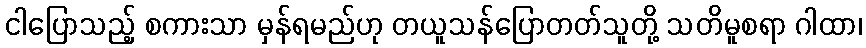
ငါပြောသည့် စကားသာ မှန်ရမည်ဟု တယူသန်ပြောတတ်သူတို့ သတိမူစရာ ဂါထာ၊